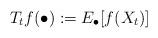
LaTeX: \begin{align*} T_tf(\bullet):=E_{\bullet}[f(X_t)] \end{align*}